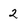
Character: 2